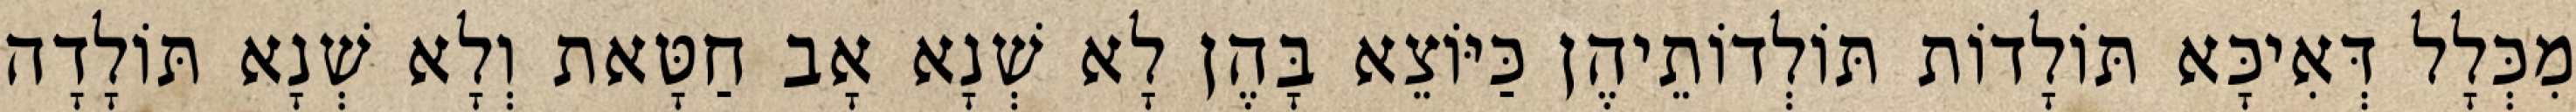
מִכְּלָל דְּאִיכָּא תּוֹלָדוֹת תּוֹלְדוֹתֵיהֶן כַּיּוֹצֵא בָּהֶן לָא שְׁנָא אָב חַטָּאת וְלָא שְׁנָא תּוֹלָדָה